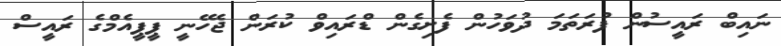
ނައިބް ރައީސުން ފުރަތަމަ ދުވަހުން ފެށިގެން ޑްރައިވް ކުރަން ޖެހޭނީ ޕީޕީއެމްގެ ރައީސް